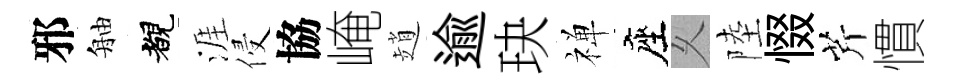
邪舳覩涯侵協崦趙逾玦禅座乆陸惙芹慣